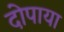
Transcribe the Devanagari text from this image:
दोपाया